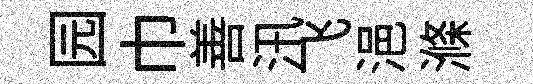
园巾善汛飞浥滌